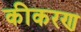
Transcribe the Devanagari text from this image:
कीकरण